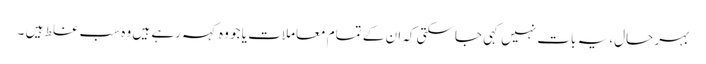
بہر حال، یہ بات نہیں کہی جاسکتی کہ ان کے تمام معاملات یا جو وہ کہہ رہے ہیں وہ سب غلط ہیں ۔